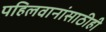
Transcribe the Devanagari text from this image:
पहिलवानांसाठीही